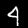
Label: 4